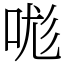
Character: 哤